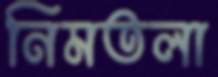
নিমতলা